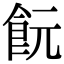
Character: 䬧